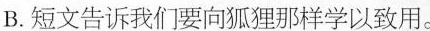
B.短文告诉我们要向狐狸那样学以致用。